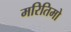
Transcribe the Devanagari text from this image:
मरितिमो